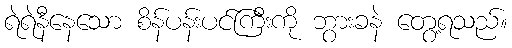
ရဲရဲနီနေသော စိန်ပန်းပင်ကြီးကို ဘွားခနဲ တွေ့ရသည်။